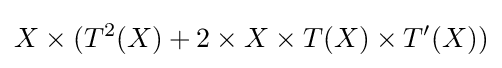
X\times (T^{2}(X)+2\times X\times T(X)\times T'(X))